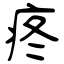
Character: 疼